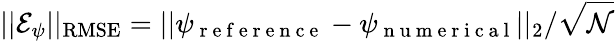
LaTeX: ||\mathcal{E}_{\psi}||_{\mathrm{RMSE}}=||\psi_{\mathrm{~r~e~f~e~r~e~n~c~e~}}-\psi_{\mathrm{~n~u~m~e~r~i~c~a~l~}}||_{2}/\sqrt{\mathcal{N}}